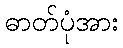
ဓာတ်ပုံအား